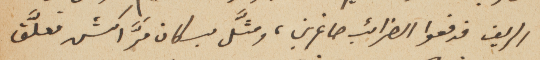
الريف فدفعوا الضرائب صاغرين، ومثَّل بسكان مَرّاكش فعلّق